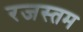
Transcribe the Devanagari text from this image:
रजस्तम